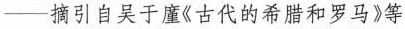
——摘引自吴于廑《古代的希腊和罗马》等